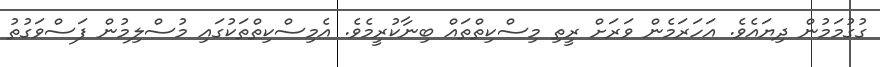
ގުގުމަމުން ދިޔައެވެ. އަހަރަމެން ވަރަށް ރީތި މިސްކިތްތައް ބިނާކުރީމެވެ. އެމިސްކިތްތަކުގައި މުސްލިމުން ފަސްވަގުތު